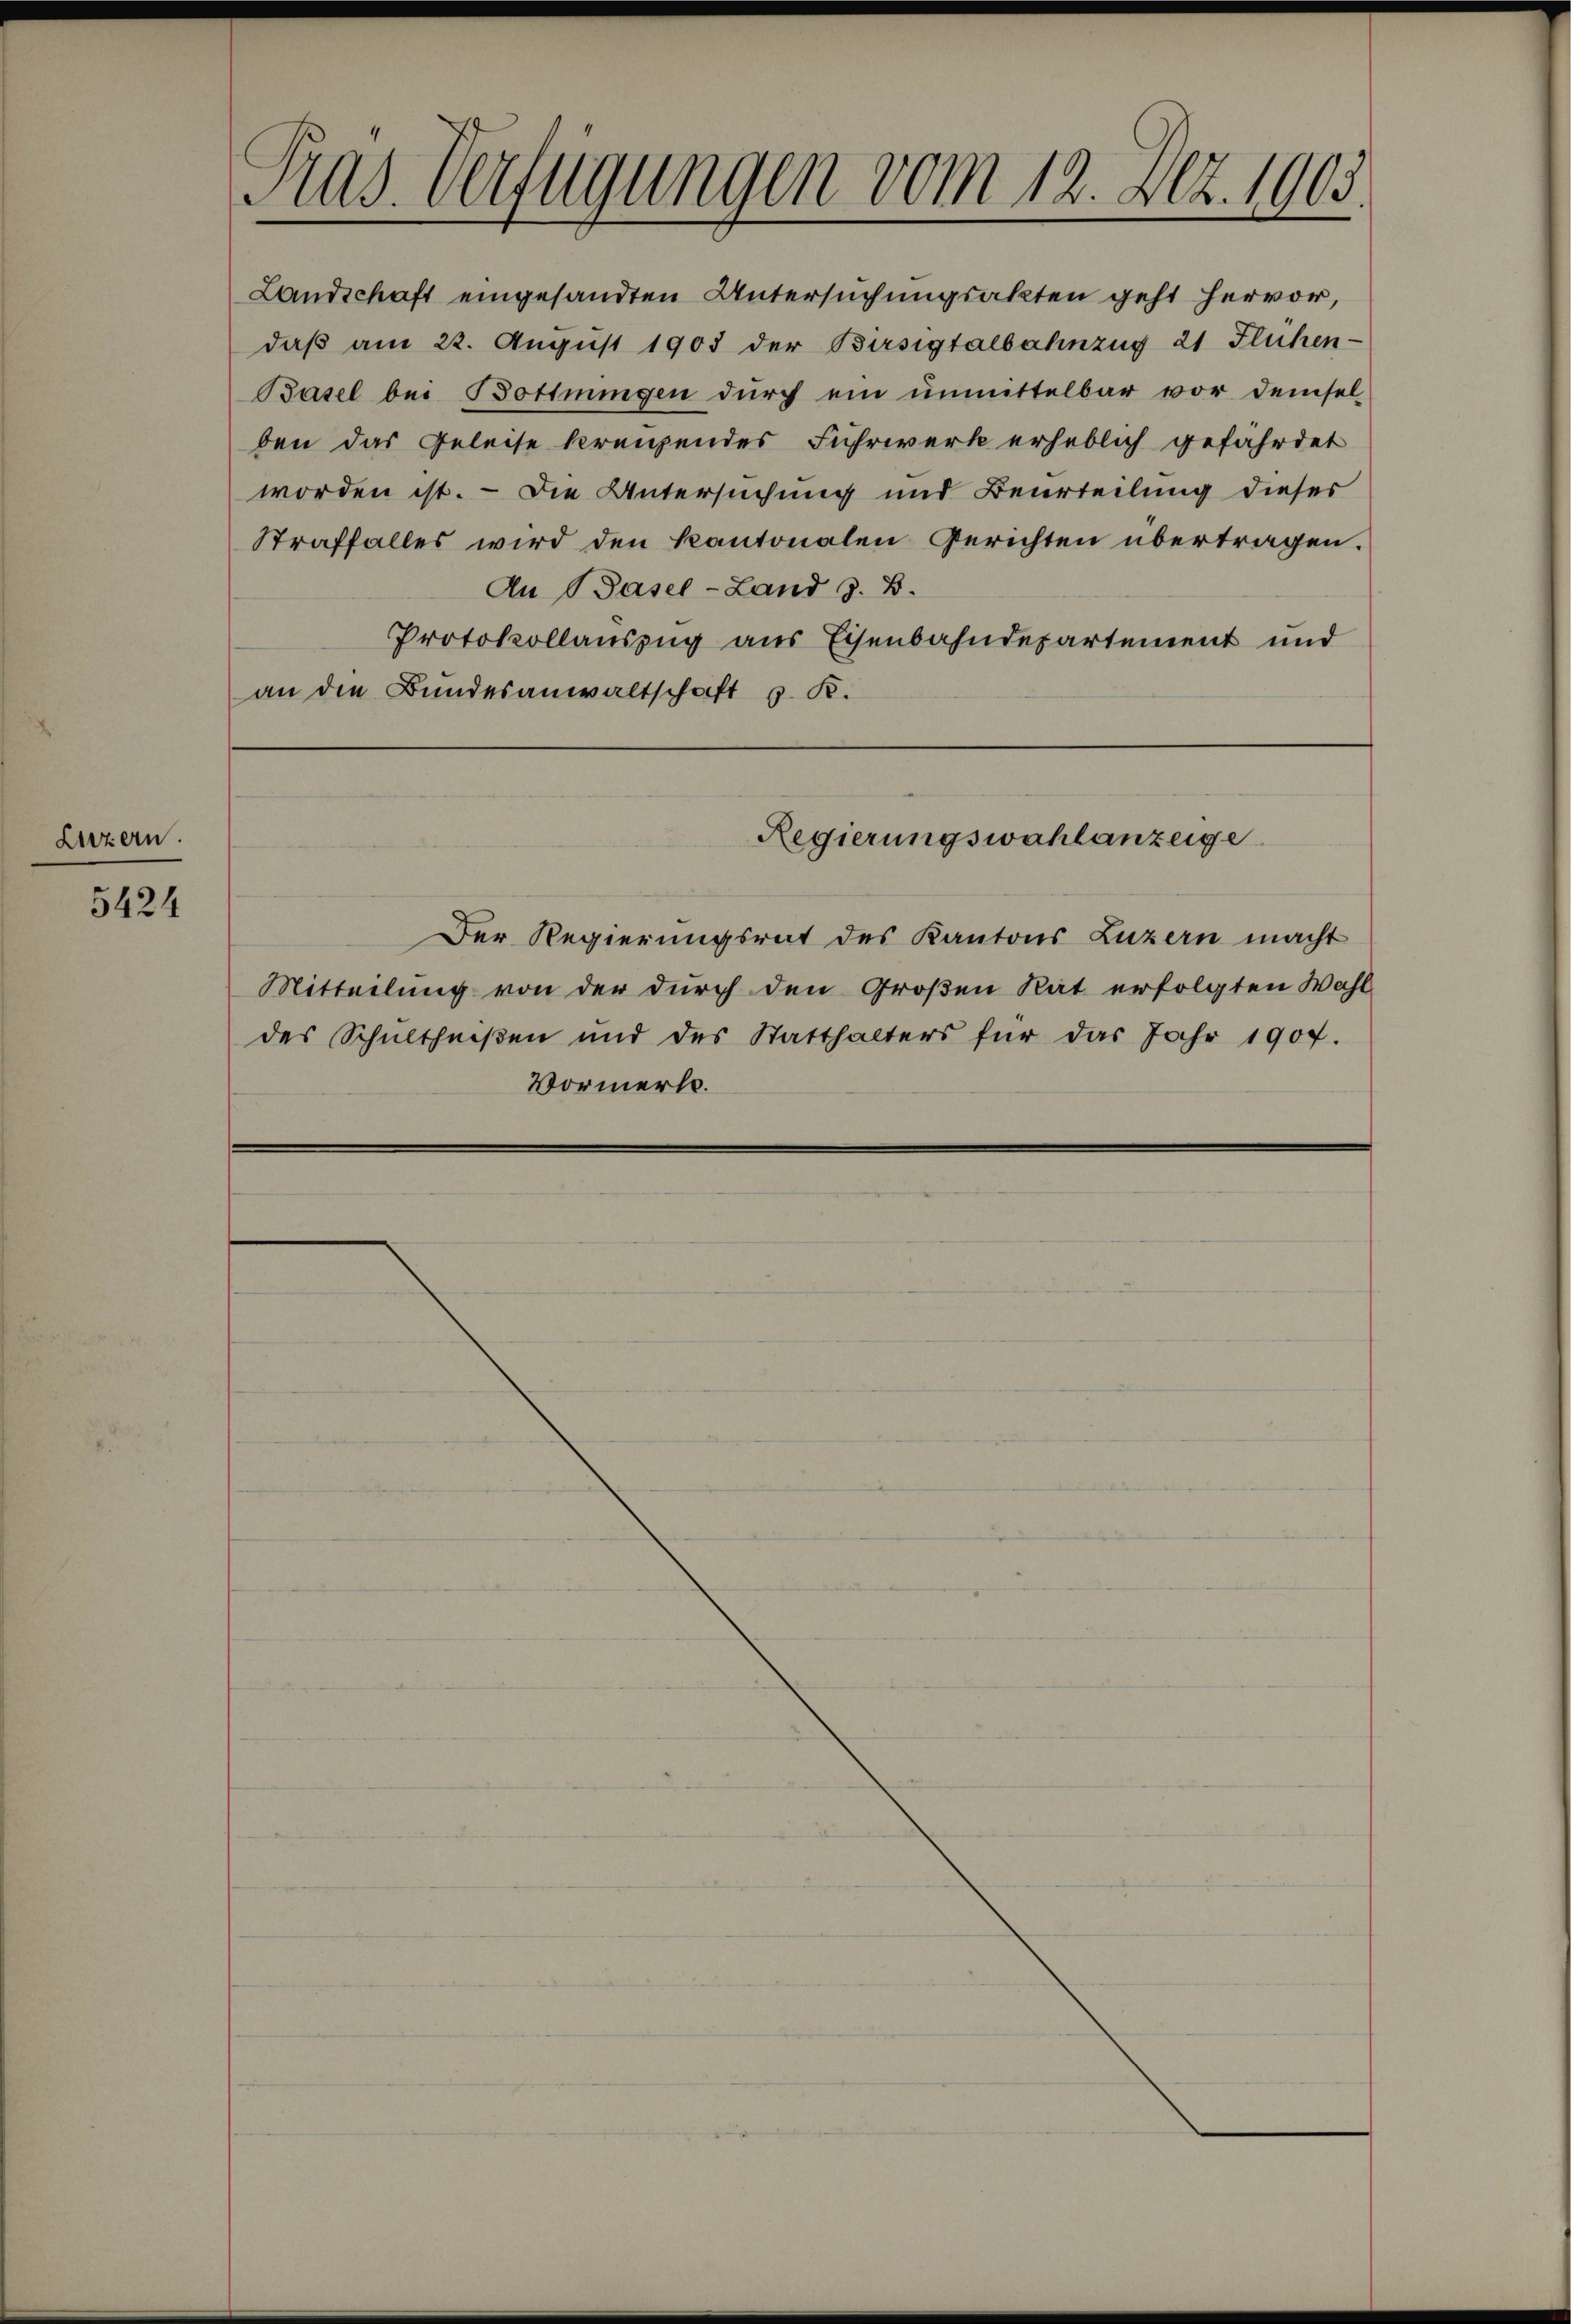
Luzern.

5424

Gras Verfügungen vom 12. Dez. 1905.

daβ am 22. August 1903 der Birsigtalbahnzug 21 Flühen-
Basel bei Bottingen dŭrch ein ŭnmittelbar vor demsel-
ben das Geleise kreuzendes Fuhrwerk erheblich gefährdet
worden ist. - Die Untersuchung und Beurteilung dieses
Straffalles wird den Kantonalen Gerichten übertragen.
An Basel-Land z. B.
Protokollauszug aus Eisenbahndepartement und
an die Bundesanwaltschaft z. R.

Der Regierungsrat des Kantons Luzern macht
Mitteilung von der durch den Großen Rat erfolgten Wahl
des Schultheißen und des Statthalters für das Jahr 1907.
Vormerk.

Landschaft eingesandten Untersuchungsakten geht hervor,

Regierungswahlanzeige